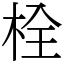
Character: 栓